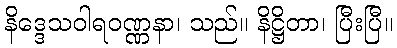
နိဒ္ဒေသဝါရဝဏ္ဏနာ၊ သည်။ နိဋ္ဌိတာ၊ ပြီးပြီ။